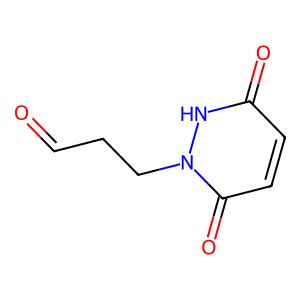
SMILES: O=CCCn1[nH]c(=O)ccc1=O
Inhibits HIV replication: No